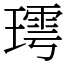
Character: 㻬